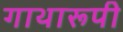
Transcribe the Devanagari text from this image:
गाथारूपी